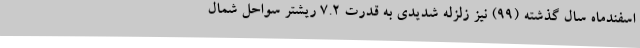
اسفندماه سال گذشته (۹۹) نیز زلزله شدیدی به قدرت ۷.۲ ریشتر سواحل شمال